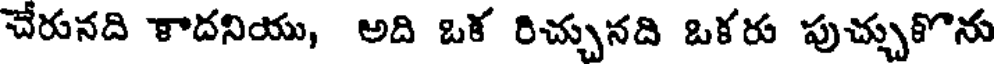
చేరునది ళాదనియు, అది ఒక రిచ్చునది ఒకరు పుచ్చుకొను